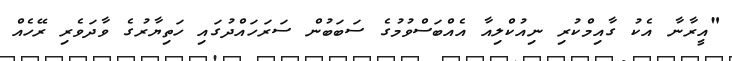
"އީރާނާ އެކު ގާއިމްކުރި ނިއުކްލިއާ އެއްބަސްވުމުގެ ސަަބަބުން ސަރަހައްދުގައި ހަތިޔާރުގެ ވާދަވެރި ރޭހެއް